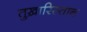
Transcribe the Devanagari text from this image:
तुख़ारिस्तान